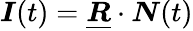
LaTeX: \boldsymbol{I}(t)=\underline{{\boldsymbol{R}}}\cdot\boldsymbol{N}(t)